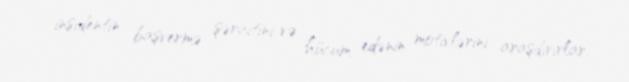
insidentin başvermə şəraitini və hücum edənin motivlərini araşdırırlar.